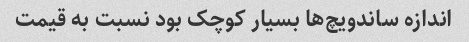
اندازه ساندویچ‌ها بسیار کوچک بود نسبت به قیمت